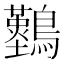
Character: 𪇠